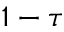
1 - \tau